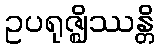
ဥပရုဇ္ဈိဿန္တိ